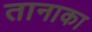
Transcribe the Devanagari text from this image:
तानाका